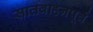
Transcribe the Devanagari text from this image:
सातवाहनपूर्व